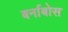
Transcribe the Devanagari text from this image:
बर्नाबोस